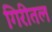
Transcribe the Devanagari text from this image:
गिरीतल